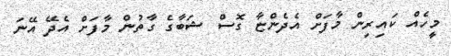
މީހެއް ކައިރިން މާފަށް އެދެންޏާ ގޮސް ޝަބާގެ ގާތުން މާފަށް އެދޭ އޭނަ